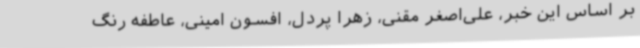
بر اساس این خبر، علی‌اصغر مقنی، زهرا پردل، افسون امینی، عاطفه رنگ